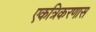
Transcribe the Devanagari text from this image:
एकत्रिकरणास